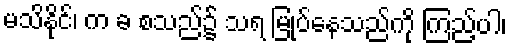
မသိနိုင်၊ က ခ စသည်၌ သရ မြုပ်နေသည်ကို ကြည့်ပါ၊